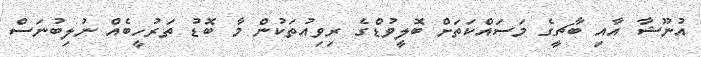
އުނޫޝާ އާއި ބާޗީގެ މަސައްކަތަށް ބޮލީވުޑްގެ ރިވިއުތަކުން މާ ބޮޑު ތަރުހީބެއް ނުލިބުނަސް